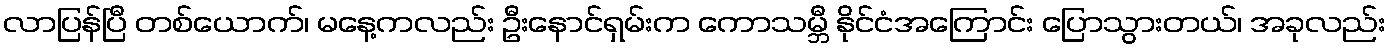
လာပြန်ပြီ တစ်ယောက်၊ မနေ့ကလည်း ဦးနောင်ရှမ်းက ကောသမ္ဘီ နိုင်ငံအကြောင်း ပြောသွားတယ်၊ အခုလည်း